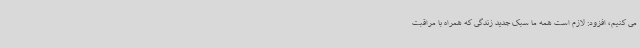
می کنیم، افزود: لازم است همه ما سبک جدید زندگی که همراه با مراقبت